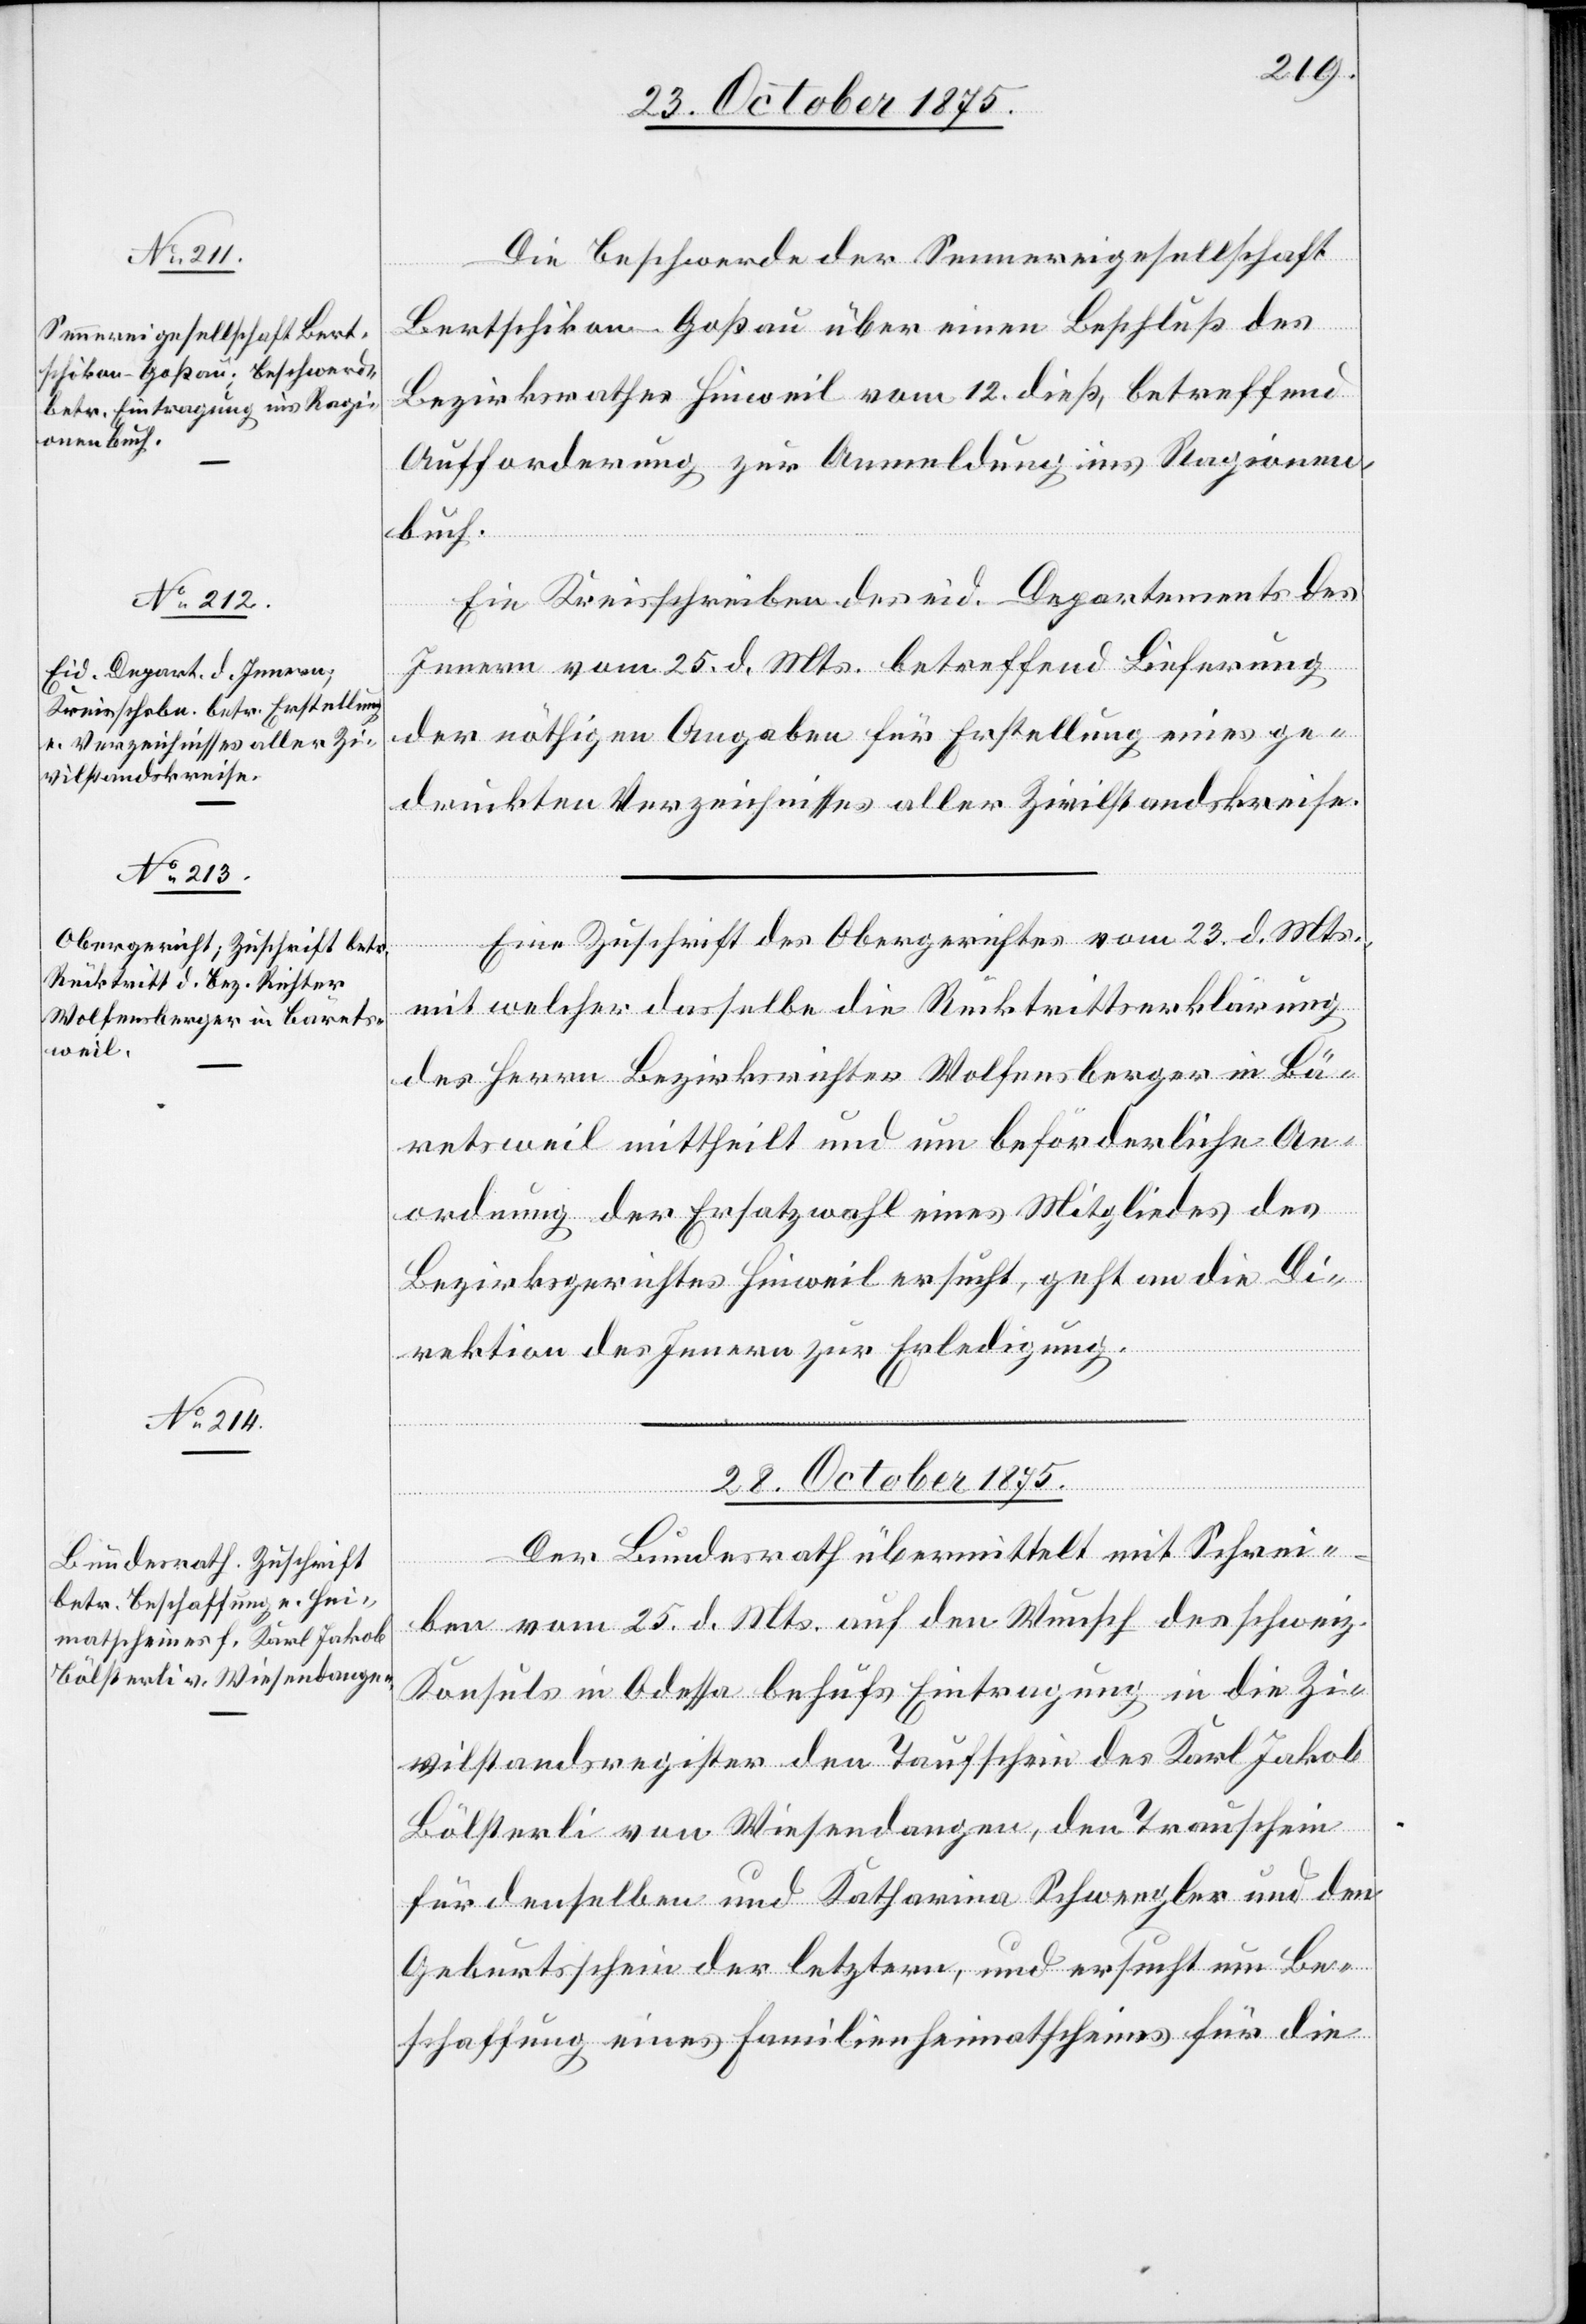
Die Beschwerde der Sennereigesellschaft
Bertschikon - Goßau über einen Beschluß des
Bezirksrathes Hinweil vom 12. dieß, betreffend
Aufforderung zur Anmeldung ins Ragionen¬
buch.
Ein Kreisschreiben des eid. Departements des
Innern vom 25. d. Mts. betreffend Lieferung
der nöthigen Angaben für Erstellung eines ge¬
druckten Verzeichnisses aller Zivilstandskreise.
Eine Zuschrift des Obergerichtes vom 23. d. Mts.,
mit welcher dasselbe die Rücktrittserklärung
des Herrn Bezirksrichter Wolfensberger in Bä¬
retsweil mittheilt und um beförderliche An¬
ordnung der Ersatzwahl eines Mitgliedes des
Bezirksgerichtes Hinweil ersucht, geht an die Di¬
rektion des Innern zur Erledigung.
28. October 1875.
Der Bundesrath übermittelt mit Schrei¬
ben vom 25. d. Mts. auf den Wunsch des schweiz.
Konsuls in Odessa behufs Eintragung in die Zi¬
vilstandsregister den Taufschein des Karl Jakob
Bölsterli von Wiesendangen, den Trauschein
für denselben und Katharina Schwengler und den
Geburtsschein der letztern, und ersucht um Be¬
schaffung eines Familienheimatscheines für die